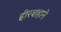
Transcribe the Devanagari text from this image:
हीरशहाने